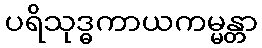
ပရိသုဒ္ဓကာယကမ္မန္တာ